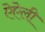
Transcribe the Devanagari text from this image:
ऐऐली